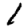
Digit: 1